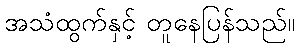
အသံထွက်နှင့် တူနေပြန်သည်။